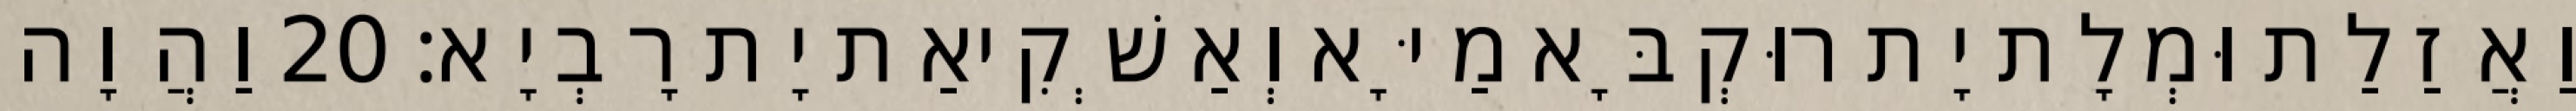
וַאֲזַלַת וּמְלָת יָת רוּקְבָּא מַיָּא וְאַשְׁקִיאַת יָת רָבְיָא׃ 20 וַהֲוָה